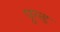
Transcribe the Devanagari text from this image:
पूल्ड